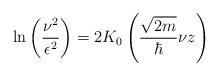
LaTeX: \begin{align*}\ln\left(\frac{\nu^2}{\epsilon^2}\right)=2K_0\left(\frac{\sqrt{2m}}{\hbar}\nu z\right)\end{align*}